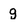
Character: g